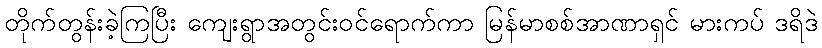
တိုက်တွန်းခဲ့ကြပြီး ကျေးရွာအတွင်းဝင်ရောက်ကာ မြန်မာစစ်အာဏာရှင် မားကပ် ဒရိဒဲ